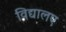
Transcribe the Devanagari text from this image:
विद्यालए